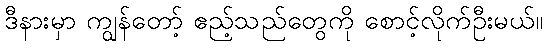
ဒီနားမှာ ကျွန်တော့် ဧည့်သည်တွေကို စောင့်လိုက်ဦးမယ်။